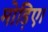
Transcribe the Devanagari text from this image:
मोड़िए।